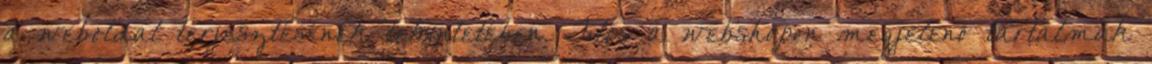
a weboldal terjesztésének tekintetében. Tilos a webshopon megjelenő tartalmak